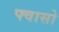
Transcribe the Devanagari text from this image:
फ्वासो